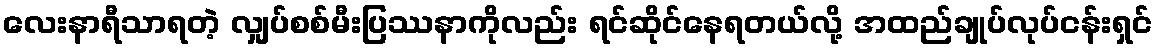
လေးနာရီသာရတဲ့ လျှပ်စစ်မီးပြဿနာကိုလည်း ရင်ဆိုင်နေရတယ်လို့ အထည်ချုပ်လုပ်ငန်းရှင်